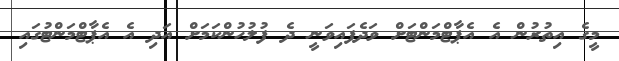
މީގެ އިތުރުން އެ އެޕާޓްމަންޓަށް ވަދެފައިވަނީ ދެ ފުލުހުންކަމަށް އަދި އެ އެޕާޓްމަންޓުގައި